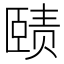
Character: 赜